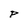
Character: P